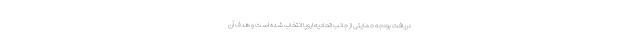
دریافت بودجه حمایتی از جانب اتحادیه اروپا انتخاب شده است و هدف آن